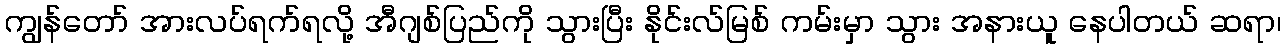
ကျွန်တော် အားလပ်ရက်ရလို့ အီဂျစ်ပြည်ကို သွားပြီး နိုင်းလ်မြစ် ကမ်းမှာ သွား အနားယူ နေပါတယ် ဆရာ၊